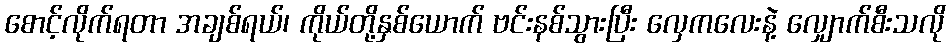
စောင့်လိုက်ရတာ အချစ်ရယ်၊ ကိုယ်တို့နှစ်ယောက် ဗင်းနစ်သွားပြီး လှေကလေးနဲ့ လျှောက်စီးသလို